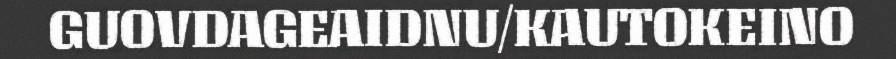
GUOVDAGEAIDNU/KAUTOKEINO